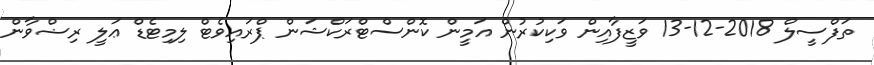
ތަފްސީލް 2018-12-13 ވަޒީފާއިން ވަކިކުރުން އަމީން ކޮންސްޓްރަކްޝަން ޕްރައިވެޓް ލިމިޓެޑް ޢަލީ ރިޟްވާން